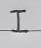
I